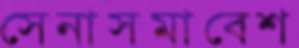
সেনাসমাবেশ